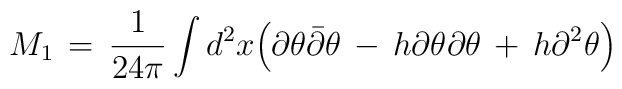
M_1 \,=\,{1\over 24\pi} \int d^2x \Big( \partial \theta {\bar \partial} \theta \,-\, h \partial \theta \partial \theta\,+\,h \partial^2 \theta \Big)